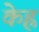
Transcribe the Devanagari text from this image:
केह्र